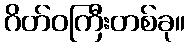
ဂိတ်ဝကြီးတစ်ခု။